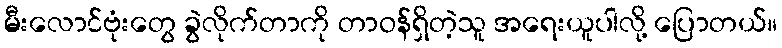
မီးလောင်ဗုံးတွေ ခွဲလိုက်တာကို တာဝန်ရှိတဲ့သူ အရေးယူပါလို့ ပြောတယ်။